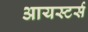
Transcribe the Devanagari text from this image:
आयस्टर्स